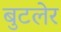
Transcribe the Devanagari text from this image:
बुटलेर